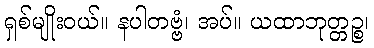
ရှစ်မျိုးဝယ်။ နပါတဗ္ဗံ၊ အပ်။ ယထာဘုတ္တဉ္စ၊